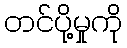
တင်ပို့မှုကို